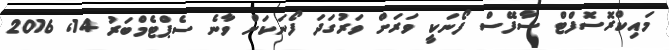
މައިކްރޮސޮފްޓް ސާފޭސް ފޯނަކީ ވަރަށް ވަރުގަދަ ފޯނަކަށް ވާނެ ސެޕްޓެމްބަރު 14